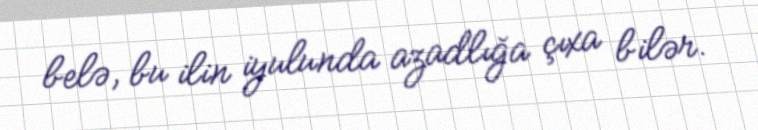
belə, bu ilin iyulunda azadlığa çıxa bilər.